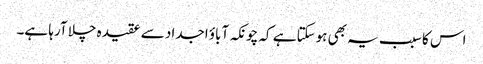
اس کا سبب یہ بھی ہوسکتا ہے کہ چونکہ آباؤ اجداد سے عقیدہ چلا آرہا ہے۔